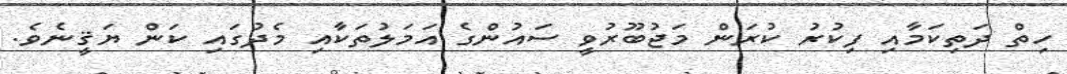
ހިތް ދަތިކަމާއި ފިކުރު ކުރަން މަޖުބޫރުވީ ސައުންގެ އަމަލުތަކާއި މެދުގައި ކަން ޔަޤީނެވެ.